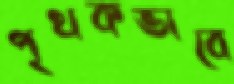
পৃথকভাবে